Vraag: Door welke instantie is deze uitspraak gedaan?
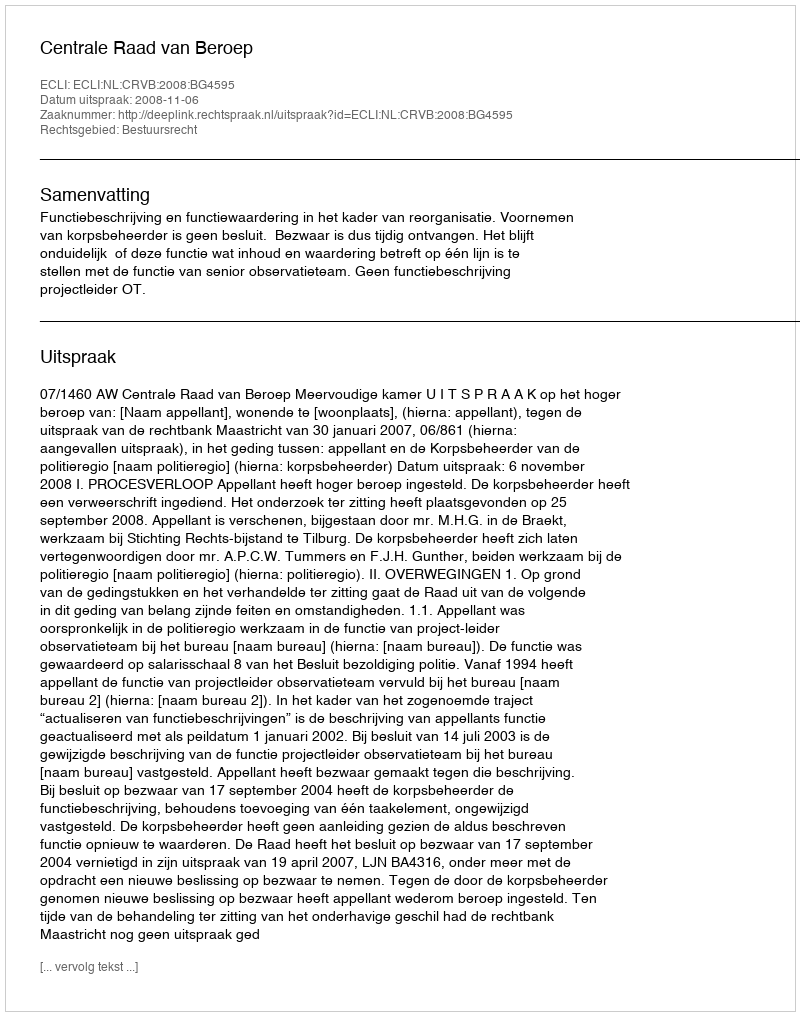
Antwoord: Centrale Raad van Beroep